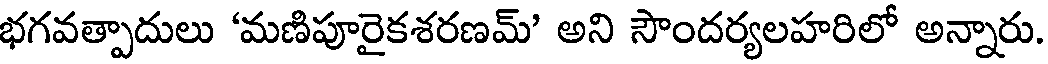
భగవత్పాదులు 'మణిపూరైకశరణమ్' అని సౌందర్యలహరిలో అన్నారు.